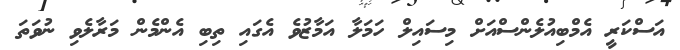
އަސްކަރީ އެމްބިއުލެންސްއަށް މިސައިލް ހަމަލާ އަމާޒުވެ އެގައި ތިބި އެންމެން މަރާލެވި ނުވަތަ